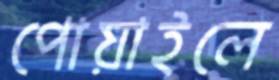
পোয়াইলে